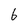
Character: 6